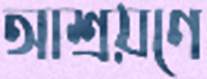
আশ্রয়ণে